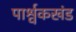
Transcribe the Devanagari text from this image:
पार्श्वकखंड